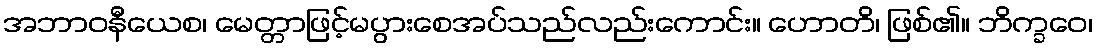
အဘာဝနီယေစ၊ မေတ္တာဖြင့်မပွားစေအပ်သည်လည်းကောင်း။ ဟောတိ၊ ဖြစ်၏။ ဘိက္ခဝေ၊